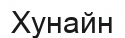
Хунайн